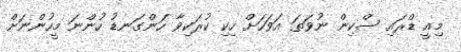
މިއީ ޑްރައި ސްކިން ނުވަތަ އަވަހަށް ހިކި ކުރަކިވާ ހަންގަނޑު ހުންނަ މީހުންނަށް